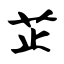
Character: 芷